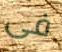
فى